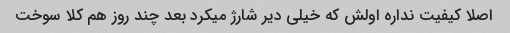
اصلا کیفیت نداره اولش که خیلی دیر شارژ میکرد بعد چند روز هم کلا سوخت